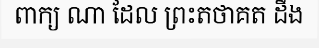
ពាក្យ ណា ដែល ព្រះតថាគត ដឹង